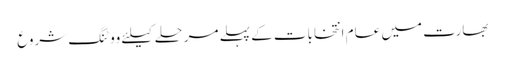
بھارت میں عام انتخابات کے پہلے مرحلے کیلئے ووٹنگ شروع